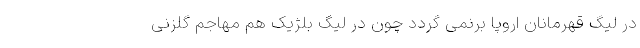
در لیگ قهرمانان اروپا برنمی گردد چون در لیگ بلژیک هم مهاجم گلزنی